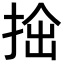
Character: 𢭧